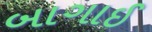
બાગાઈ